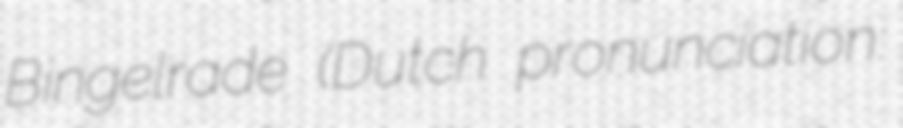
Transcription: Bingelrade (Dutch pronunciation: